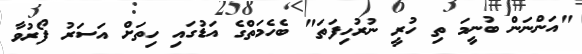
"އަންނަން ބުނީމަ ތި ހުރީ ނުރުހިފަތަ" ބެހެމަތްގެ އަޑުގައި ހިތަށް އަސަރު ފޯރުވާ